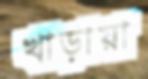
খাড়ায়া